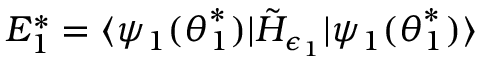
E _ { 1 } ^ { * } = \langle \psi _ { 1 } ( \boldsymbol { \theta } _ { 1 } ^ { * } ) | \tilde { H } _ { \epsilon _ { 1 } } | \psi _ { 1 } ( \boldsymbol { \theta } _ { 1 } ^ { * } ) \rangle